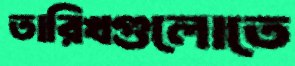
তারিখগুলোতে